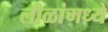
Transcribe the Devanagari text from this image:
लीळांमध्ये